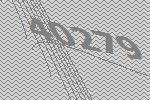
40279